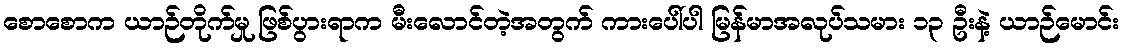
စောစောက ယာဉ်တိုက်မှု ဖြစ်ပွားရာက မီးလောင်တဲ့အတွက် ကားပေါ်ပါ မြန်မာအလုပ်သမား ၁၃ ဦးနဲ့ ယာဉ်မောင်း